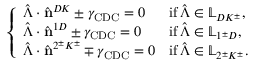
\left\{ \begin{array} { l l } { \hat { \boldsymbol { \Lambda } } \cdot \hat { \mathbf { n } } ^ { D K } \pm \gamma _ { \mathrm { C D C } } = 0 } & { \mathrm { i f } \, \hat { \boldsymbol { \Lambda } } \in \mathbb { L } _ { D K ^ { \pm } } , } \\ { \hat { \boldsymbol { \Lambda } } \cdot \hat { \mathbf { n } } ^ { 1 D } \pm \gamma _ { \mathrm { C D C } } = 0 } & { \mathrm { i f } \, \hat { \boldsymbol { \Lambda } } \in \mathbb { L } _ { 1 ^ { \pm } D } , } \\ { \hat { \boldsymbol { \Lambda } } \cdot \hat { \mathbf { n } } ^ { 2 ^ { \pm } K ^ { \pm } } \mp \gamma _ { \mathrm { C D C } } = 0 } & { \mathrm { i f } \, \hat { \boldsymbol { \Lambda } } \in \mathbb { L } _ { 2 ^ { \pm } K ^ { \pm } } . } \end{array} \right.